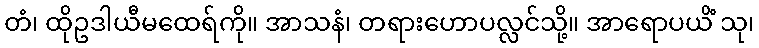
တံ၊ ထိုဥဒါယီမထေရ်ကို။ အာသနံ၊ တရားဟောပလ္လင်သို့။ အာရောပယိံ သု၊